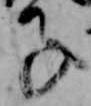
子